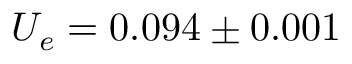
U _ { e } = 0 . 0 9 4 \pm 0 . 0 0 1